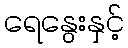
ရေနွေးနှင့်